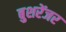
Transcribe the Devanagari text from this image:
बुशरेंजर